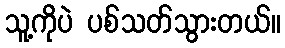
သူ့ကိုပဲ ပစ်သတ်သွားတယ်။